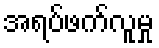
အရပ်ဖက်လူမှု